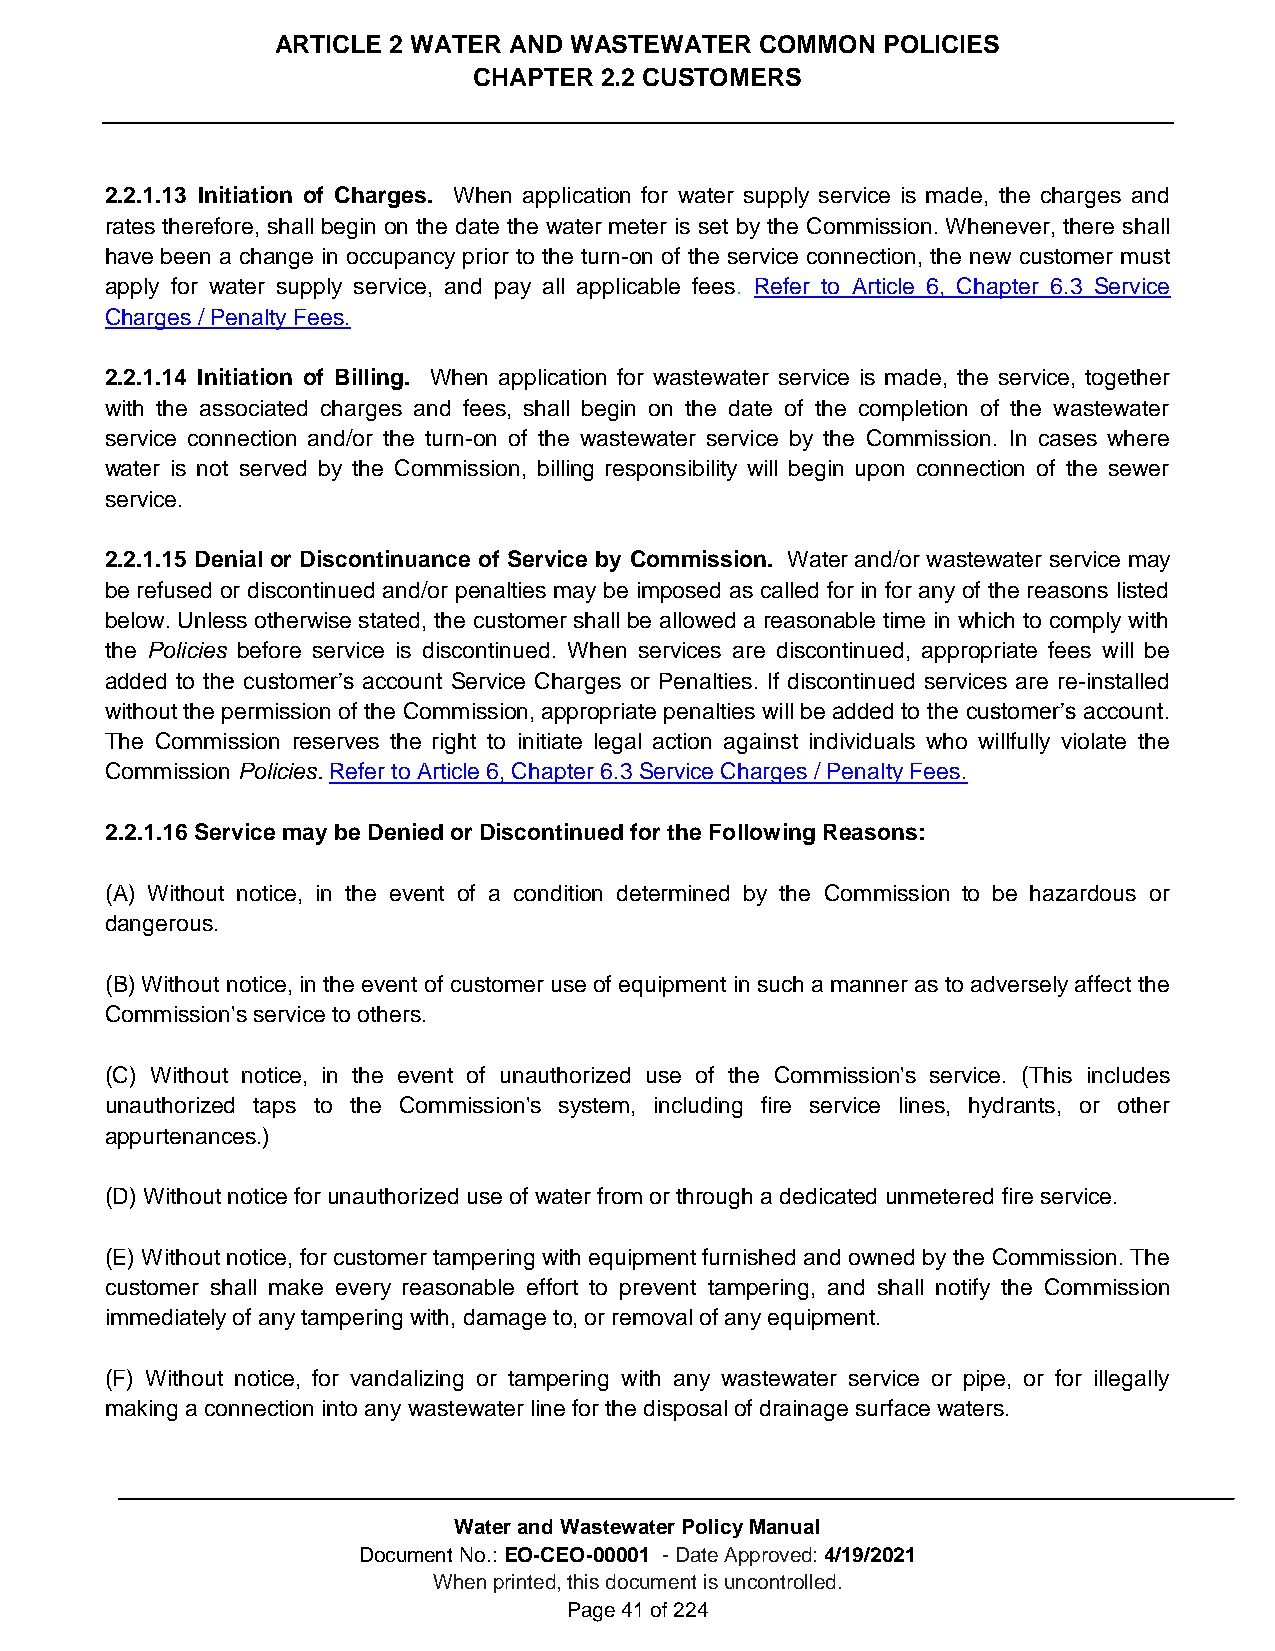
ARTICLE 2 WATER AND WASTEWATER  COMMON  POLICIES
 CHAPTER  2.2 CUSTOMERS
 2.2.1.13 Initiation of Charges. When application for water supply service is made, the charges and
 rates therefore, shall begin on the date the water meter is set by the Commission. Whenever, there shall
 have been a change in occupancy prior to the turn-on of the service connection, the new customer must
 apply for water supply service, and pay all applicable fees. Refer to Article 6, Chapter 6.3 Service
 Charges / Penalty Fees.
 2.2.1.14 Initiation of Billing. When application for wastewater service is made, the service, together
 with the associated charges and fees, shall begin on the date of the completion of the wastewater
 service connection and/or the turn-on of the wastewater service by the Commission. In cases where
 water is not served by the Commission, billing responsibility will begin upon connection of the sewer
 service.
 2.2.1.15 Denial or Discontinuance of Service by Commission. Water and/or wastewater service may
 be refused or discontinued and/or penalties may be imposed as called for in for any of the reasons listed
 below. Unless otherwise stated, the customer shall be allowed a reasonable time in which to comply with
 the Policies before service is discontinued. When services are discontinued, appropriate fees will be
 added to the customer’s account Service Charges or Penalties. If discontinued services are re-installed
 without the permission of the Commission, appropriate penalties will be added to the customer’s account.
 The Commission reserves the right to initiate legal action against individuals who willfully violate the
 Commission Policies. Refer to Article 6, Chapter 6.3 Service Charges / Penalty Fees.
 2.2.1.16 Service may be Denied or Discontinued for the Following Reasons:
 (A) Without notice, in the event of a condition determined by the Commission to be hazardous or
 dangerous.
 (B) Without notice, in the event of customer use of equipment in such a manner as to adversely affect the
 Commission's service to others.
 (C) Without notice, in the event of unauthorized use of the Commission's service. (This includes
 unauthorized taps to the Commission's system, including fire service lines, hydrants, or other
 appurtenances.)
 (D) Without notice for unauthorized use of water from or through a dedicated unmetered fire service.
 (E) Without notice, for customer tampering with equipment furnished and owned by the Commission. The
 customer shall make every reasonable effort to prevent tampering, and shall notify the Commission
 immediately of any tampering with, damage to, or removal of any equipment.
 (F) Without notice, for vandalizing or tampering with any wastewater service or pipe, or for illegally
 making a connection into any wastewater line for the disposal of drainage surface waters.
 Water and Wastewater Policy Manual
 Document No.: EO-CEO-00001 - Date Approved: 4/19/2021
 When printed, this document is uncontrolled.
 Page 41 of 224